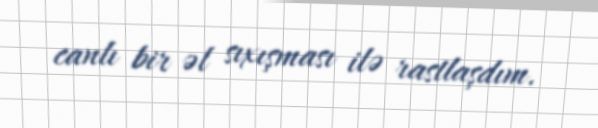
canlı bir əl sıxışması ilə rastlaşdım.